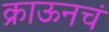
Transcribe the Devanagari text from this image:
क्राऊनचं